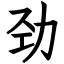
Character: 劲